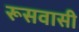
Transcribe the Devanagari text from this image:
रूसवासी